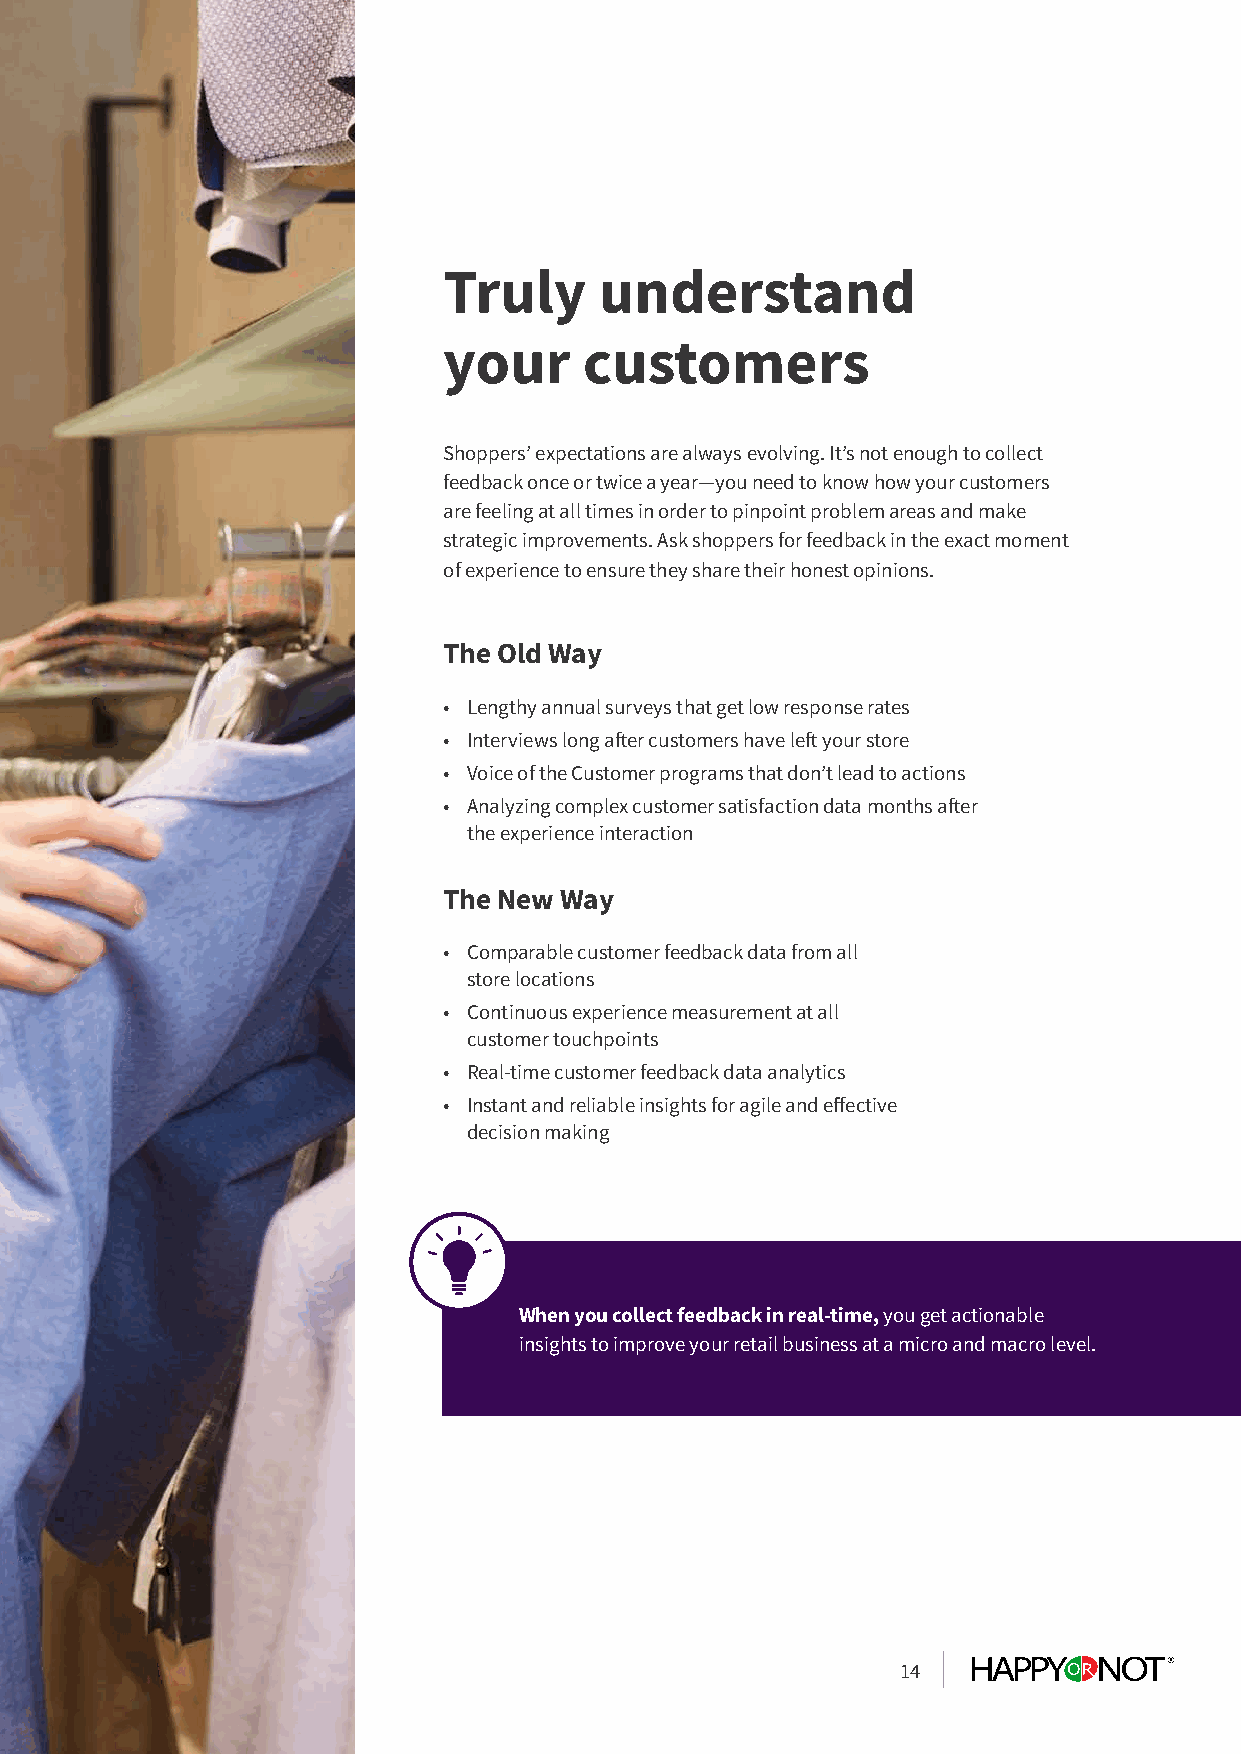
Truly      understand
 your      customers
 Shoppers’ expectations are always evolving. It’s not enough to collect
 feedback once or twice a year—you need to know how your customers
 are feeling at all times in order to pinpoint problem areas and make
 strategic improvements. Ask shoppers for feedback in the exact moment
 of experience to ensure they share their honest opinions.
 The Old Way
 • Lengthy annual surveys that get low response rates
 • Interviews long after customers have left your store
 • Voice of the Customer programs that don’t lead to actions
 • Analyzing complex customer satisfaction data months after
 the experience interaction
 The New Way
 • Comparable customer feedback data from all
 store locations
 • Continuous experience measurement at all
 customer touchpoints
 • Real-time customer feedback data analytics
 • Instant and reliable insights for agile and effective
 decision making
 When you collect feedback in real-time, you get actionable
 insights to improve your retail business at a micro and macro level.
 14